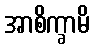
အာစိက္ခာမိ